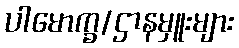
ပါမောက္ခ/ဌာနမှူးများ